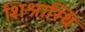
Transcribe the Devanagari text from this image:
शिश्नास्थि